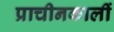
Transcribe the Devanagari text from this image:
प्राचीनकालीं